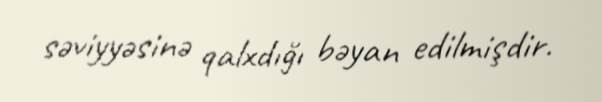
səviyyəsinə qalxdığı bəyan edilmişdir.